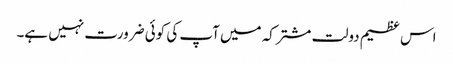
اس عظیم دولت مشترکہ میں آپ کی کوئی ضرورت نہیں ہے۔